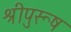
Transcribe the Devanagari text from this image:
श्रीपुरूष